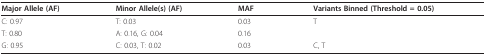
| Major Allele (AF) | Minor Allele(s) (AF) | MAF | Variants Binned (Threshold = 0.05) |
 | --- | --- | --- | --- |
 | C: 0.97 | T: 0.03 | 0.03 | T |
 | T: 0.80 | A: 0.16, G: 0.04 | 0.16 |  |
 | G: 0.95 | C: 0.03, T: 0.02 | 0.03 | C, T |